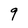
Character: 9